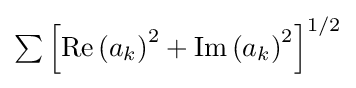
{\textstyle \sum \left[\operatorname {Re} \left(a_{k}\right)^{2}+\operatorname {Im} \left(a_{k}\right)^{2}\right]^{1/2}}